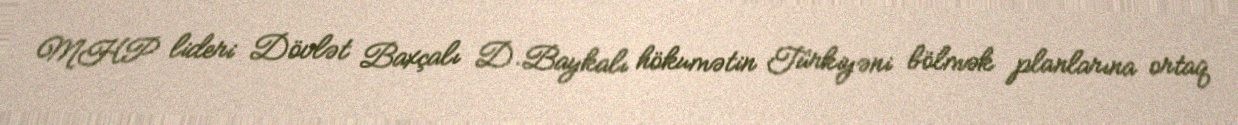
MHP lideri Dövlət Baxçalı D.Baykalı hökumətin Türkiyəni bölmək planlarına ortaq